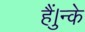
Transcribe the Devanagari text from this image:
हैं।ुन्के